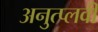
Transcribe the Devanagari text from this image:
अनुत्प्लवी